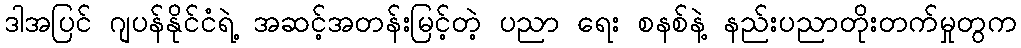
ဒါအပြင် ဂျပန်နိုင်ငံရဲ့ အဆင့်အတန်းမြင့်တဲ့ ပညာ ရေး စနစ်နဲ့ နည်းပညာတိုးတက်မှုတွက